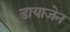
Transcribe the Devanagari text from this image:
डायाजेन